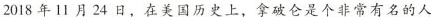
2018年11月24日，在美国历史上，拿破仑是个非常有名的人